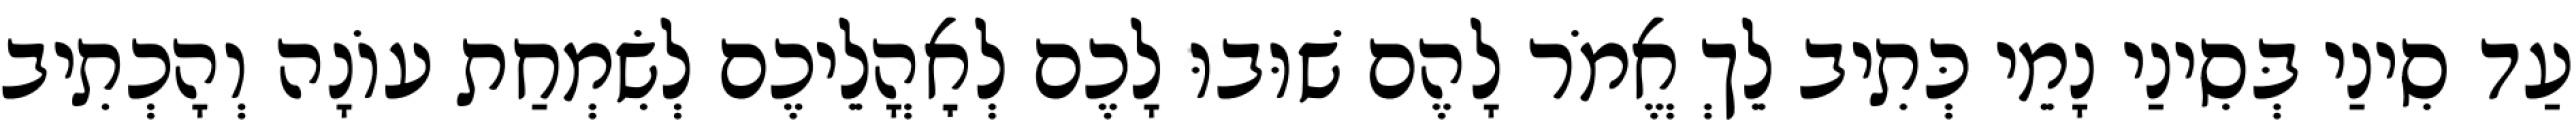
עַד סִינַי בְּסִינַי נָמֵי כְּתִיב לֵךְ אֱמֹר לָהֶם שׁוּבוּ לָכֶם לְאׇהֳלֵיכֶם לְשִׂמְחַת עוֹנָה וְהָכְתִיב